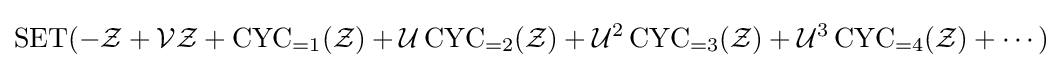
\operatorname {SET} (-{\mathcal {Z}}+{\mathcal {V}}{\mathcal {Z}}+\operatorname {CYC} _{=1}({\mathcal {Z}})+{\mathcal {U}}\operatorname {CYC} _{=2}({\mathcal {Z}})+{\mathcal {U}}^{2}\operatorname {CYC} _{=3}({\mathcal {Z}})+{\mathcal {U}}^{3}\operatorname {CYC} _{=4}({\mathcal {Z}})+\cdots )